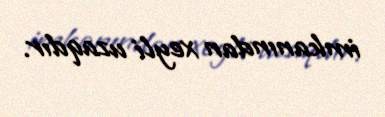
imkanından xeyli uzaqdır.